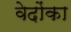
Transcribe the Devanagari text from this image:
वेदोंका